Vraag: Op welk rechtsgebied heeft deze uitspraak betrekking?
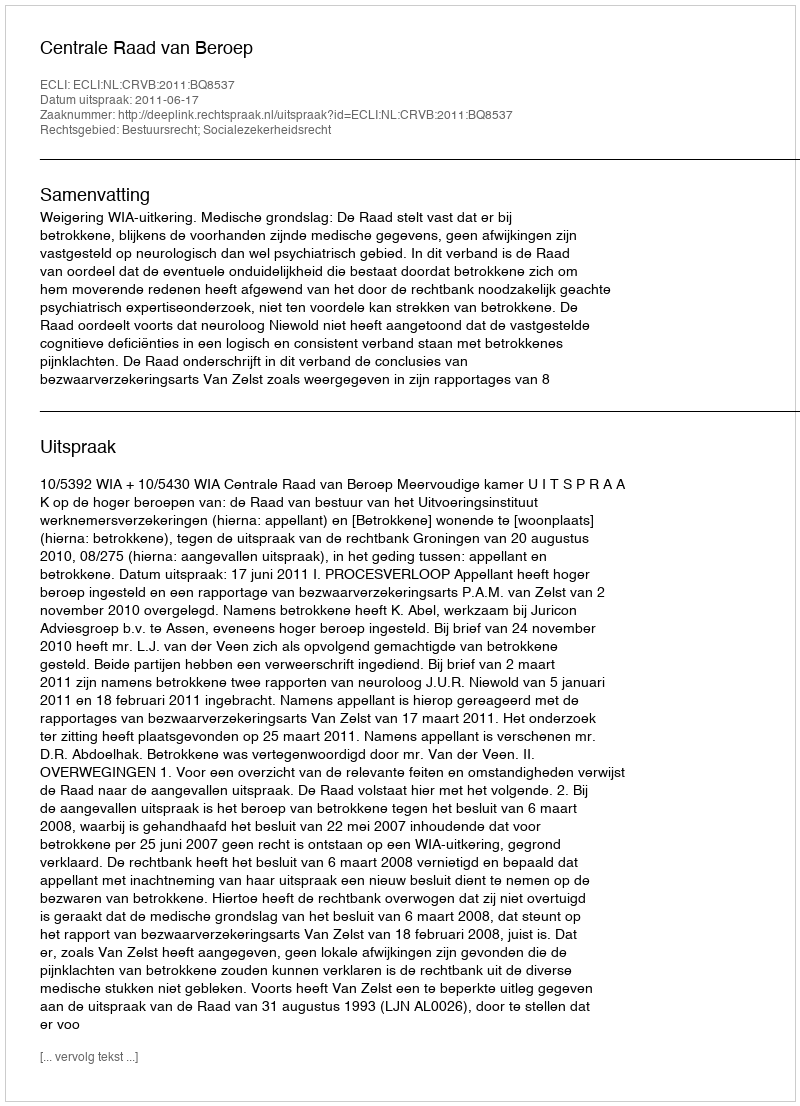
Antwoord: Bestuursrecht; Socialezekerheidsrecht